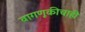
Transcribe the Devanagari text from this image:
वागणूकीचाही